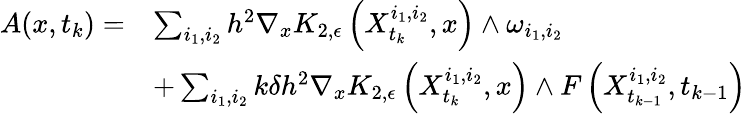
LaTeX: \begin{array}{rl}{A(x,t_{k})=}&{\sum_{i_{1},i_{2}}h^{2}\nabla_{x}K_{2,\epsilon}\left(X_{t_{k}}^{i_{1},i_{2}},x\right)\wedge\omega_{i_{1},i_{2}}}\\ &{+\sum_{i_{1},i_{2}}k\delta h^{2}\nabla_{x}K_{2,\epsilon}\left(X_{t_{k}}^{i_{1},i_{2}},x\right)\wedge F\left(X_{t_{k-1}}^{i_{1},i_{2}},t_{k-1}\right)}\end{array}